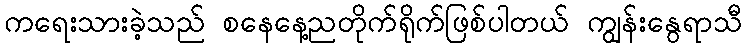
ကရေးသားခဲ့သည် စနေနေ့ညတိုက်ရိုက်ဖြစ်ပါတယ် ကျွန်းနွေရာသီ